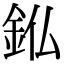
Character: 𮡫